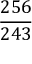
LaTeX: \frac { 2 5 6 } { 2 4 3 }